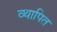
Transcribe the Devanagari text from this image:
व्थापित